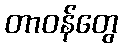
တာဝန်တွေ